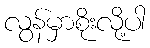
လွန်မှာစိုးလို့ပါ